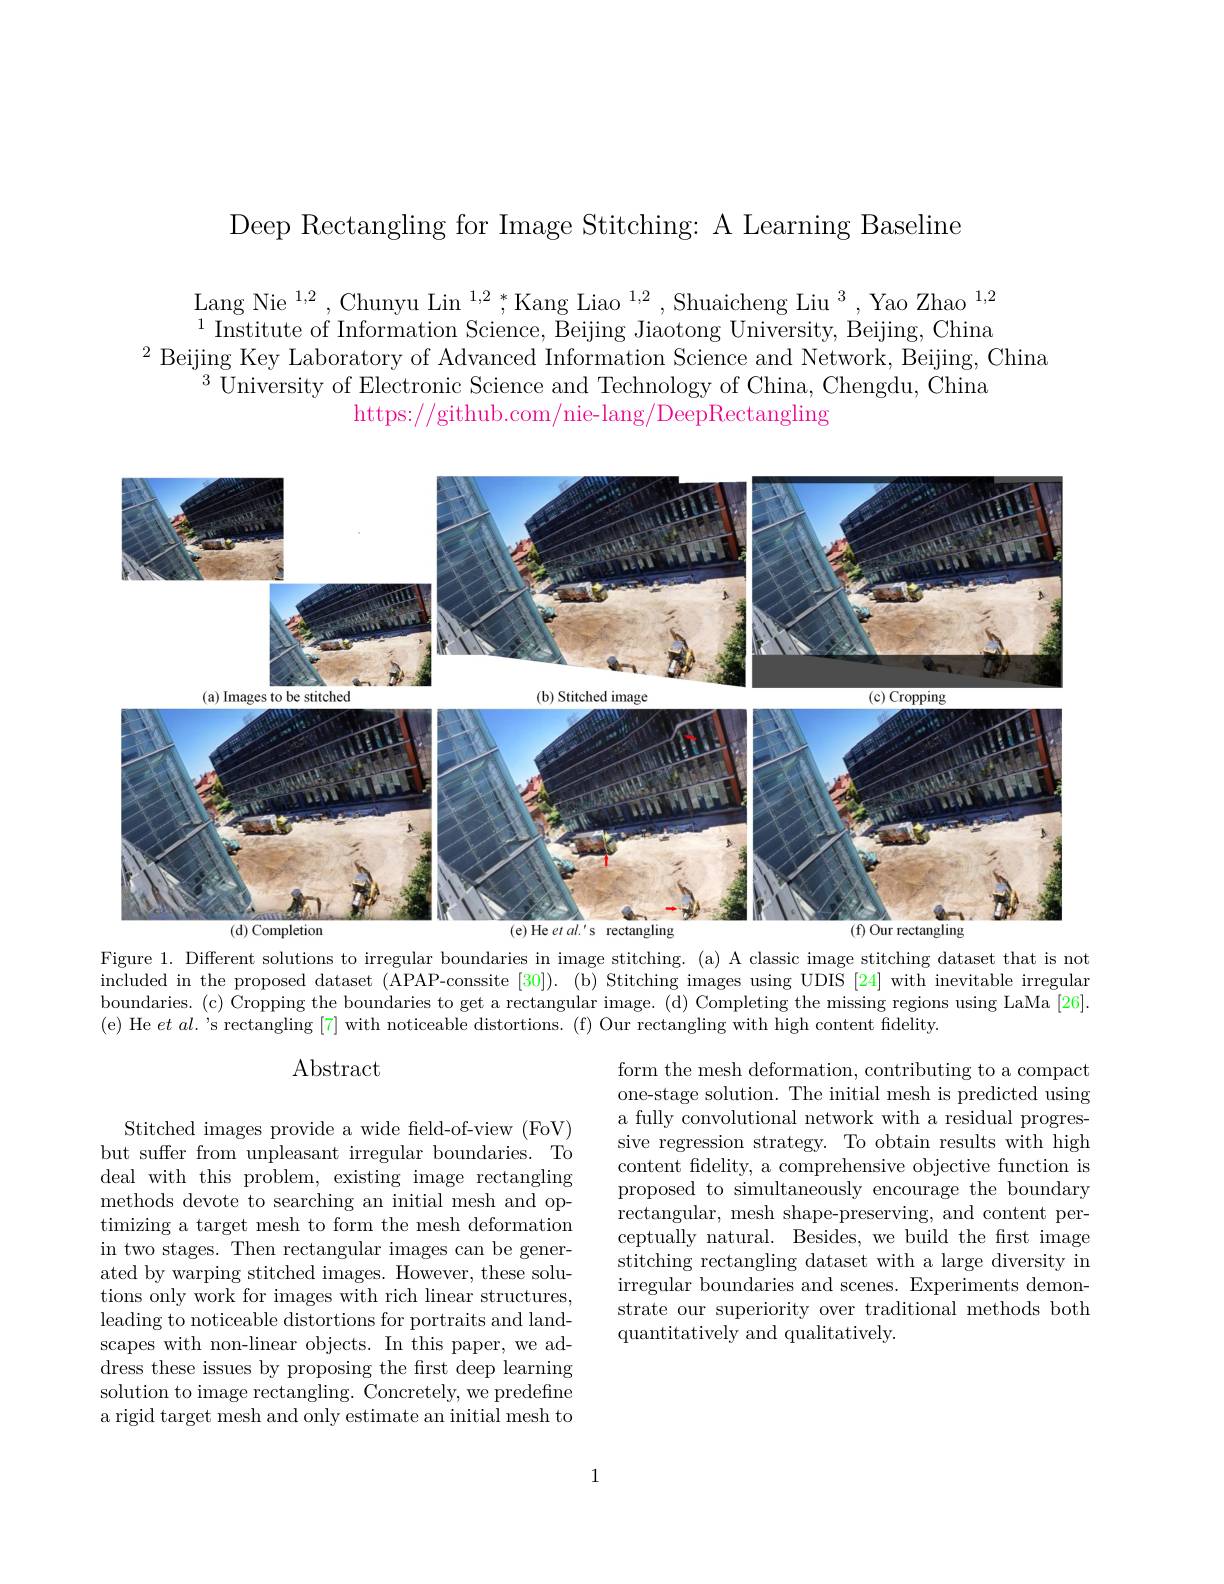
Deep Rectangling for Image Stitching: A Learning Baseline

Lang Nie $^1,2$,Chunyu Lin $^{1,2},^*$Kang Liao $^1,2,\text{Shuaicheng Liu}^3,\text{Yao Zhao }^{1,2}$ $^{1}$Institute of Information Science, Beijing Jiaotong University, Beijing, China
$^{2}$ Beijing Key Laboratory of Advanced Information Science and Network, Beijing, China
$^{3}$University of Electronic Science and Technology of China, Chengdu, China
https://github.com/nie-lang/DeepRectangling

<FigureHere>

Figure 1. Different solutions to irregular boundaries in image stitching. (a) A classic image stitching dataset that is not included in the proposed dataset ( {APAP-conssite[30]}). (b) Stitching images using UDIS [24] with inevitable irregular boundaries.(c) Cropping the boundaries to get a rectangular image.(d) Completing the missing regions using LaMa [26]. ( e) He $et al. ^{\prime }s rectangling [ 7] with noticeable distortions. ( f) Our rectangling with high content fidelity. ( f) ( f) dig ( f) dig ( f) dig ( f) dig ( f) dig ( f) dig ( f) dig ( f) dig ( f) dig ( f) dig ( f) dig ( f) dig ( f) dis ( f) dig ( f) dig ( f) dig ( f) dig ($

## Abstract

form the mesh deformation, contributing to a compact one-stage solution. The initial mesh is predicted using a fully convolutional network with a residual progressive regression strategy. To obtain results with high content fdelity, a comprehensive objective function is proposed to simultaneously encourage the boundary rectangular, mesh shape-preserving, and content perceptually natural. Besides, we build the first image stitching rectangling dataset with a large diversity in irregular boundaries and scenes. Experiments demonstrate our superiority over traditional methods both quantitatively and qualitatively.

Stitched images provide a wide feld-of-view (FoV) but suffer from unpleasant irregular boundaries. To deal with this problem, existing image rectangling methods devote to searching an initial mesh and optimizing a target mesh to form the mesh deformation in two stages. Then rectangular images can be generated by warping stitched images. However, these solutions only work for images with rich linear structures, leading to noticeable distortions for portraits and landscapes with non-linear objects. In this paper, we ad- $\bar{\text{dress these issues by proposing the frst deep learning}}$ solution to image rectangling. Concretely, we predefine a rigid target mesh and only estimate an initial mesh to

1